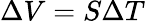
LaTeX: \Delta V=S\Delta T